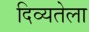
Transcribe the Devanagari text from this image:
दिव्यतेला